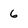
Character: 6